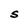
Character: S